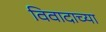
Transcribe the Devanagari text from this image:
विवादाच्या